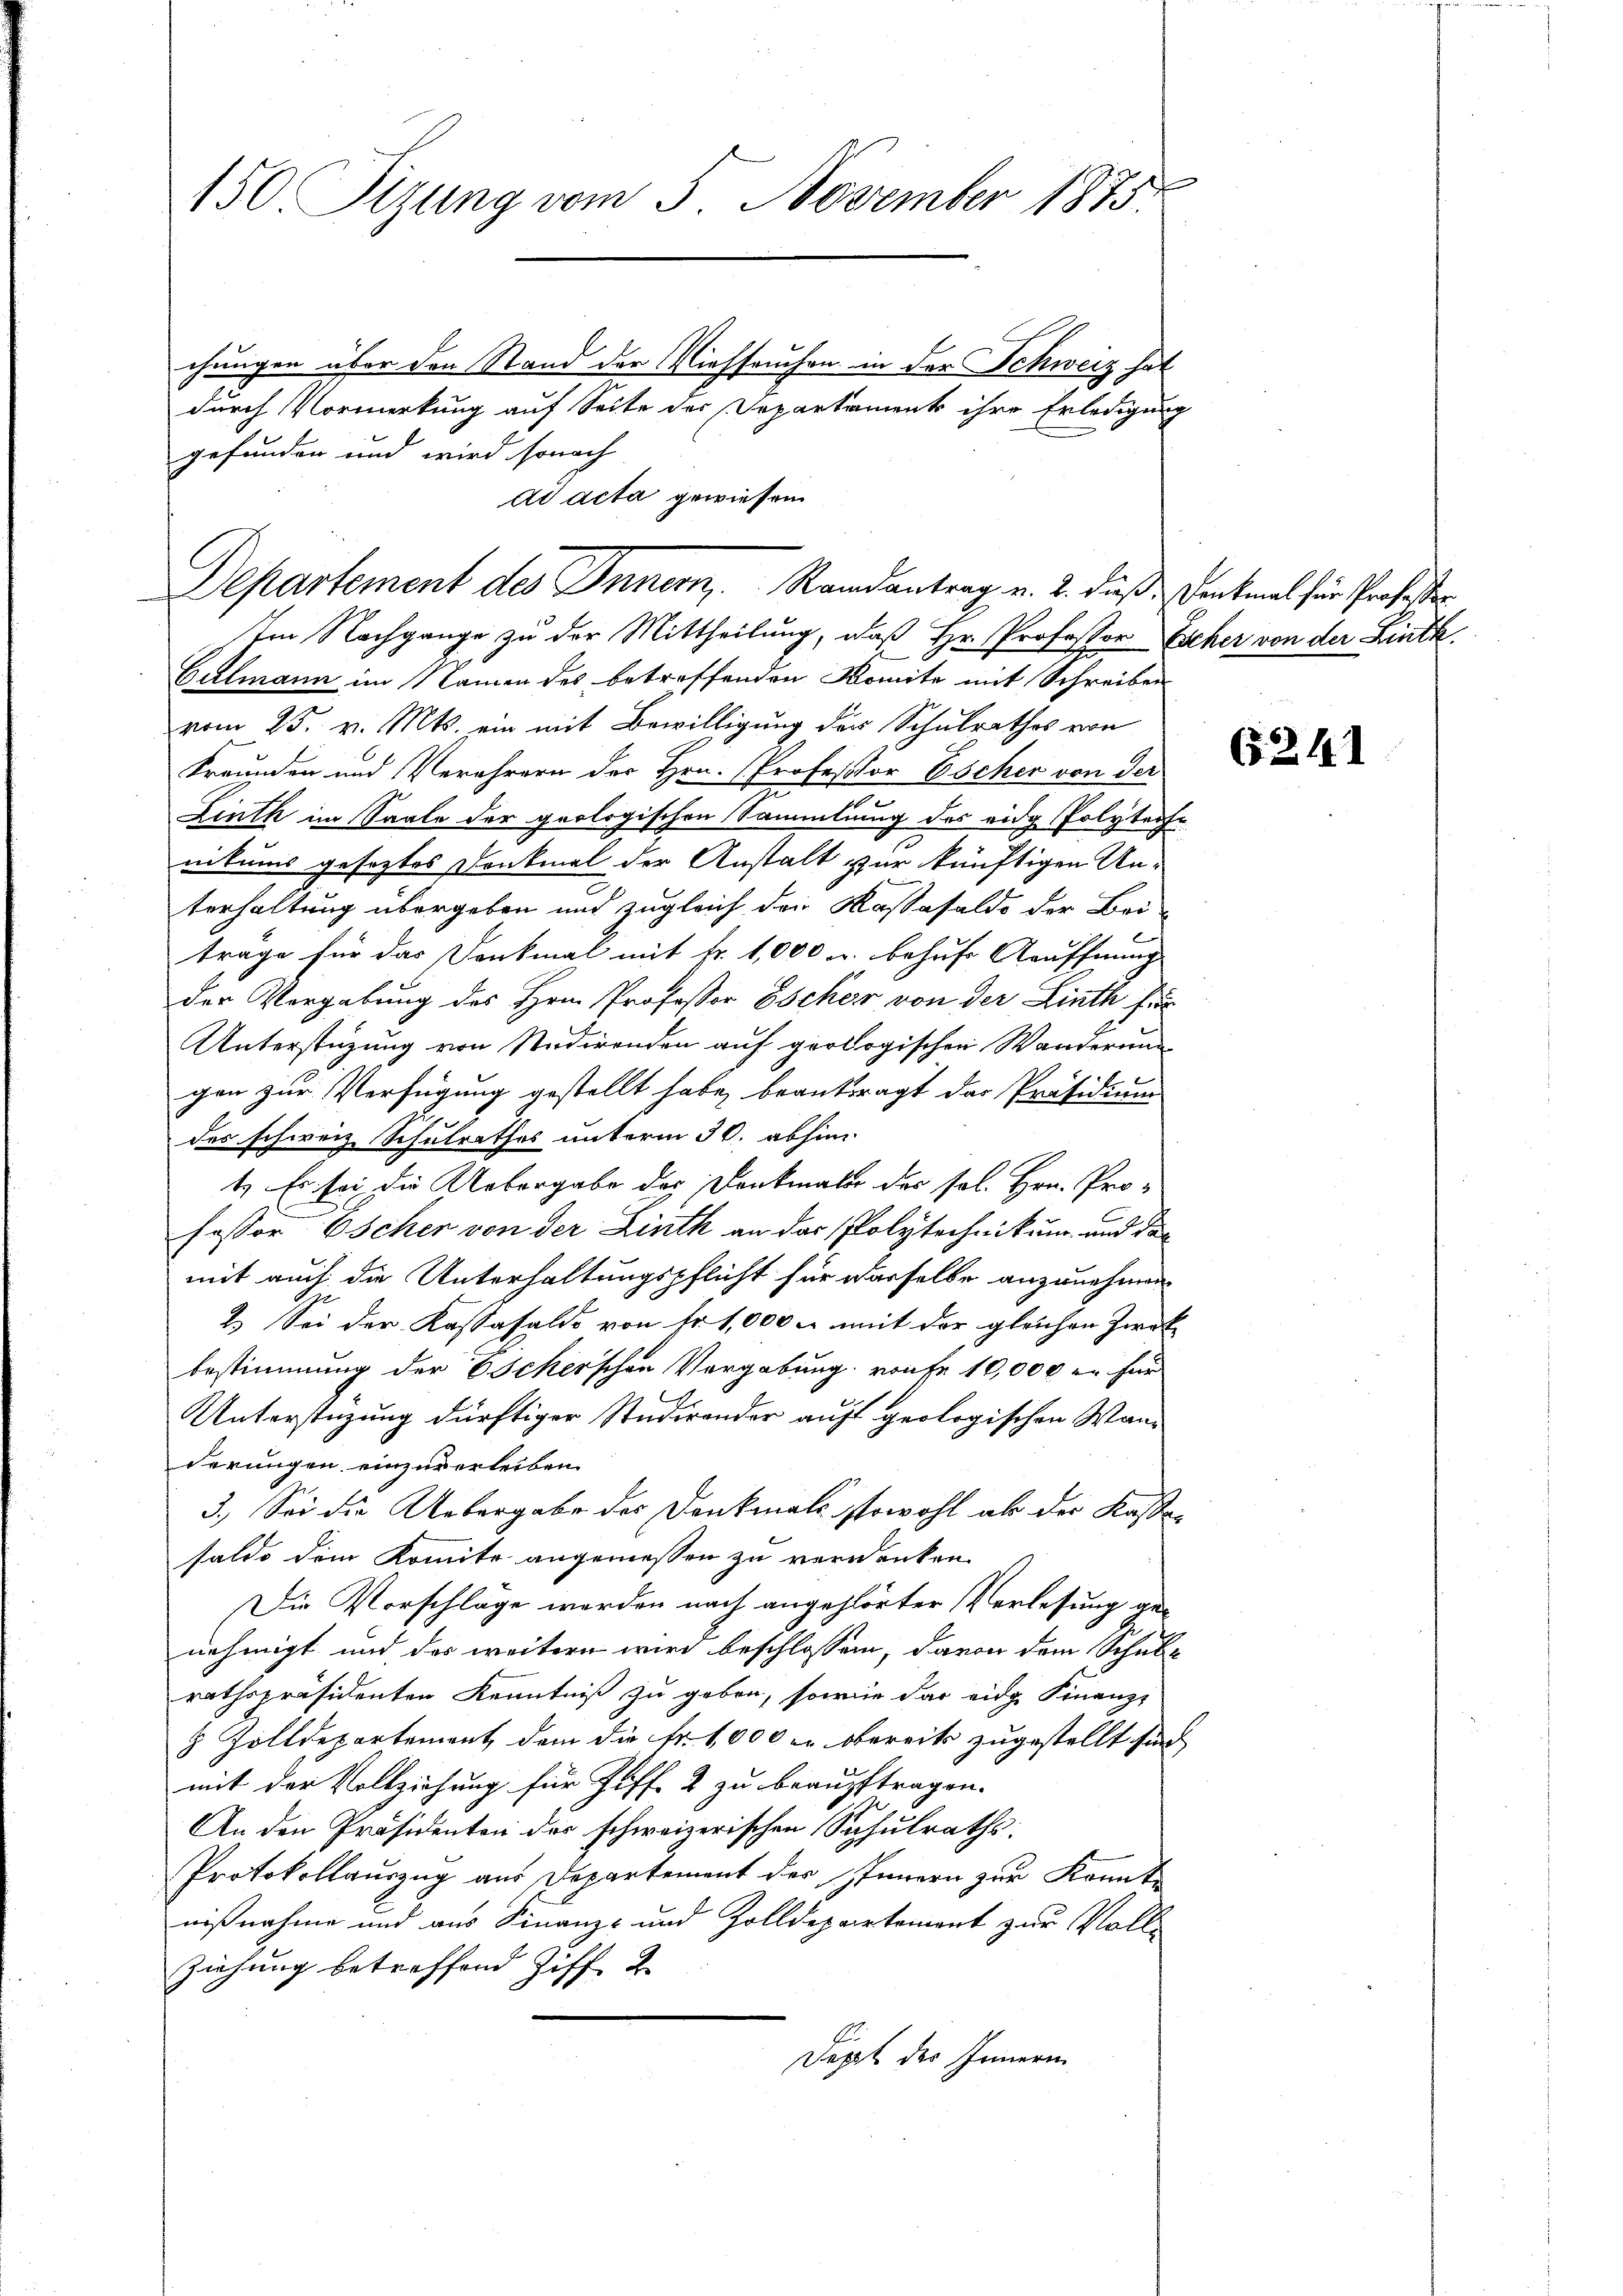
150. Sizung vom 3. November 1875.

durch Vormerkung auf Seite des Departament ihre Erledigung
gefunden und wird sonach
ad acta gewiesen

Im Nachgange zu der Mittheilung, daß Hr. Professor Escher von der Linth
Culmann im Namen des betreffenden Komite mit Schreiben
vom 25. v. Mts. ein mit Bewilligung der Schulrathes von
Freunden und Verehrern der Hrn. Professor Escher von der
Linth im Saale der geologischen Sammlung des eidg Polyteche
nitums gesetztes Denkmal der Anstalt zur künftigen Un-
terhaltung übergeben und zugleich den Kassasaldo der Bei-
träge für das Dankmal mit Fr. 1,000 u. behufe Kauffnung
der Vorgabung des Hrn. Professor Escher von der Linth für
Unterstüzung von Studirenden auf geologischen Wanderung
gen zur Verfügung gestellt habe, beantragt der Präsidium
des schweiz Schulrathes unterm 30. abhin
1. Es sei die Uebergabe des Dankmale des sol. Hrn. Pro-
fessor Escher von der Linth an der Polytechnikum und der
mit auch die Unterhaltungspflicht für dasselbe anzunehmen
2.) Sei der Kassasaldo von Nr 1,000 u. mit der gleichen Zweck
bestimmung der Escherschen Vergabung von fe 10,000 fr für
Unterstüzung dürftiger Studirender auf geologischen Wanderungen einzuverleiben.
3.) Sei die Uebergabe des Denkmals sowohl als der Kassasaldo dem Komite angemessen zu verdanken.
Die Vorschlage werden nach angehörter Verlesung genehmigt und das weitern wird beschlossen, davon dem Schulrathspräsidenten Kenntniß zu geben, sowie das eidge Finanz-
8 Zolldepartement dem die Fr. 1000 u. obereits zugestellt sind
mit der Vollziehung für Ziff. 2 zu beauftragen.
An den Präsidenten der schweizerischen Schulraths:
Protokollauszug aus Departement des Innern zur Konnte
nißnahme und aus Finanz- und Zolldepartement zur Volle
Ziehung betreffend Ziff. 2.
Deppt des Innern

chungen über den Stand der Viehseuchen in der Schweiz hat

Departement des Innern Randantrag u. 2. daß Denkmal für Professor

(2141